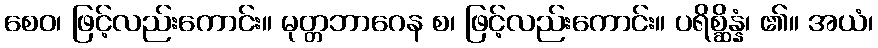
စေဝ၊ ဖြင့်လည်းကောင်း။ မုတ္တဘာဂေန စ၊ ဖြင့်လည်းကောင်း။ ပရိစ္ဆိန္နံ၊ ၏။ အယံ၊